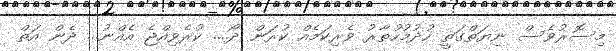
މިސޮރުވެސް ނިޔަތްގަތީ ހުދުމުހުތާރު ވެރިކަމެއް ކުރަން ދޯ.... ކުރެވިއްޖެ އެއްނު... ދެން އަތް